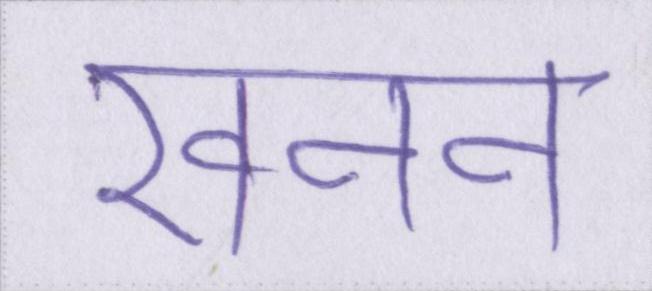
खनन